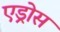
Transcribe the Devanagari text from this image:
एड्रोस